NASA-UAP-D3, Gemini 7 Transcript, 1965
Agency: NASA
Incident date: 1965
Incident location: Moon
Page 1
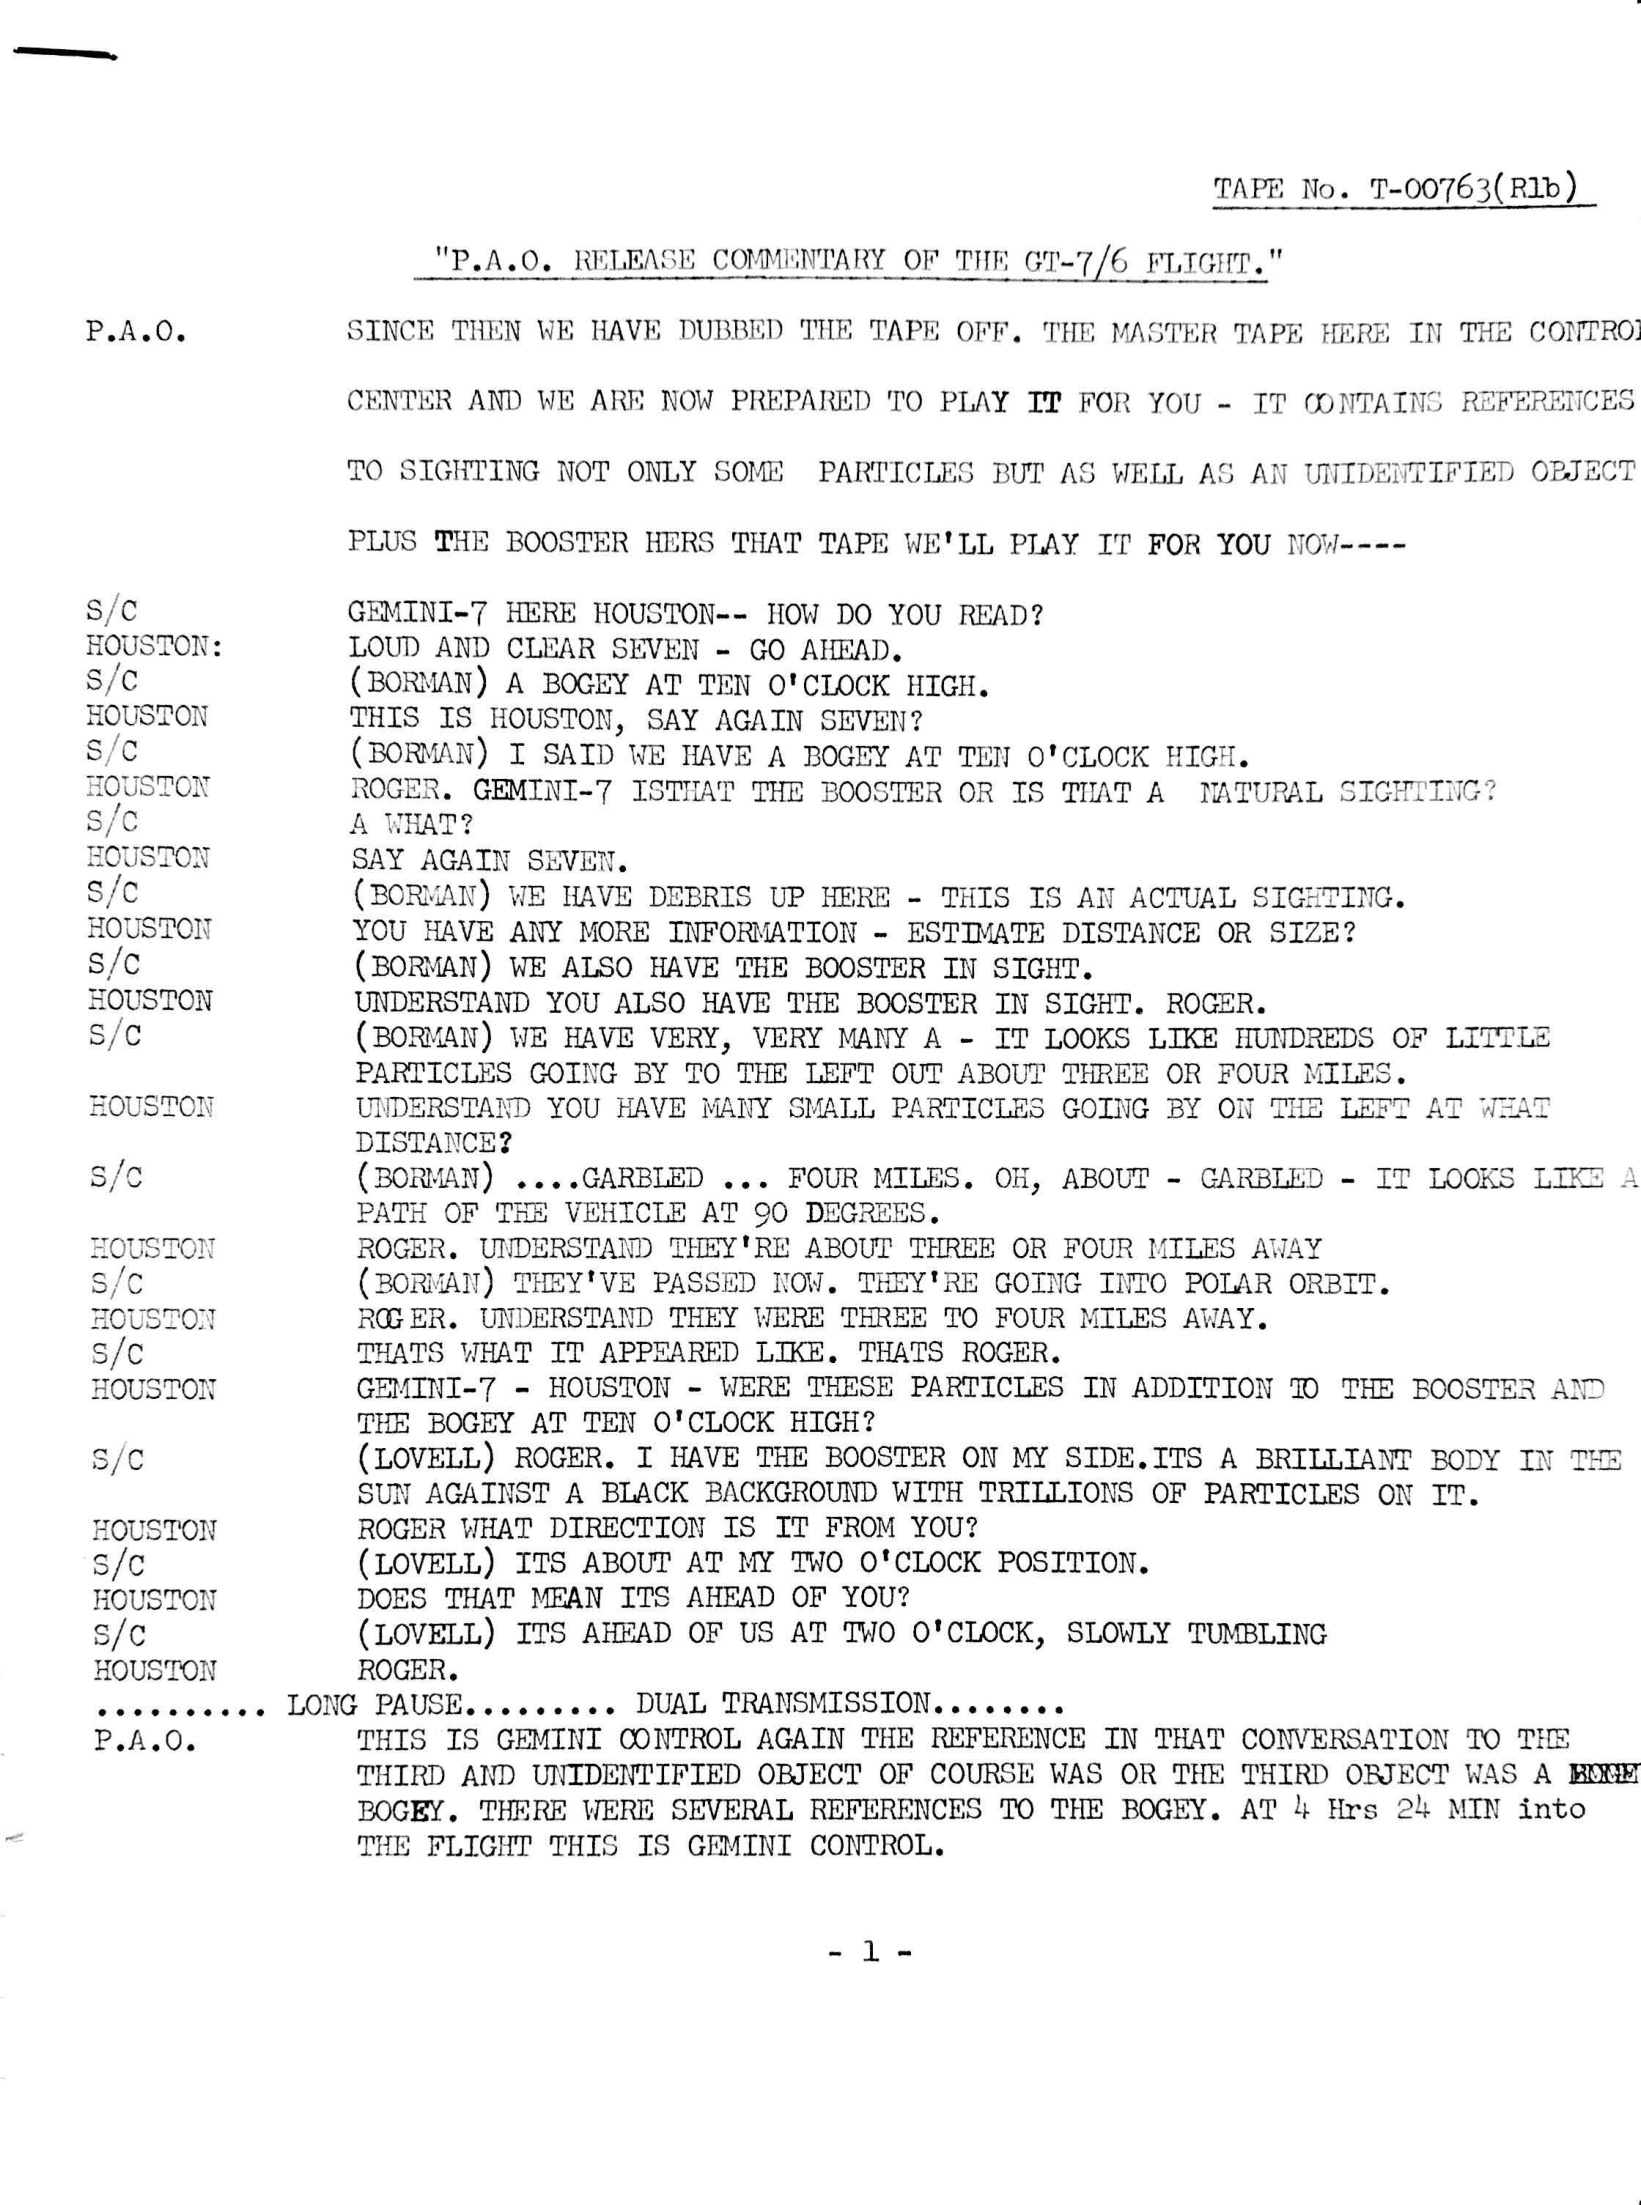